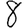
Digit: 8